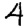
Digit: 4